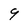
Character: 9